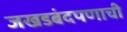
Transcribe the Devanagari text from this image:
जखडबंदपणाची